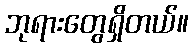
ဘုရားတွေရှိတယ်။